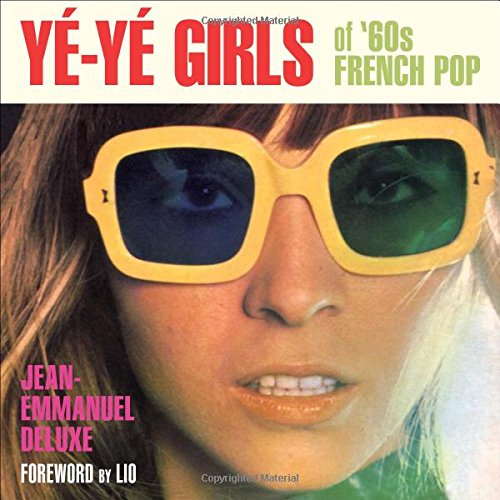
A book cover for YÃ©-YÃ© Girls of '60s French Pop; Jean-Emmanuel Deluxe; Humor & Entertainment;